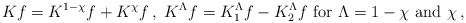
\begin{align*}\begin{aligned}K f = K^{1 - \chi} f + K^\chi f \,, \ K^\Lambda f = K_1^\Lambda f - K_2^\Lambda f \textrm{ for } \Lambda = 1-\chi \textrm{ and } \chi \,,\end{aligned}\end{align*}